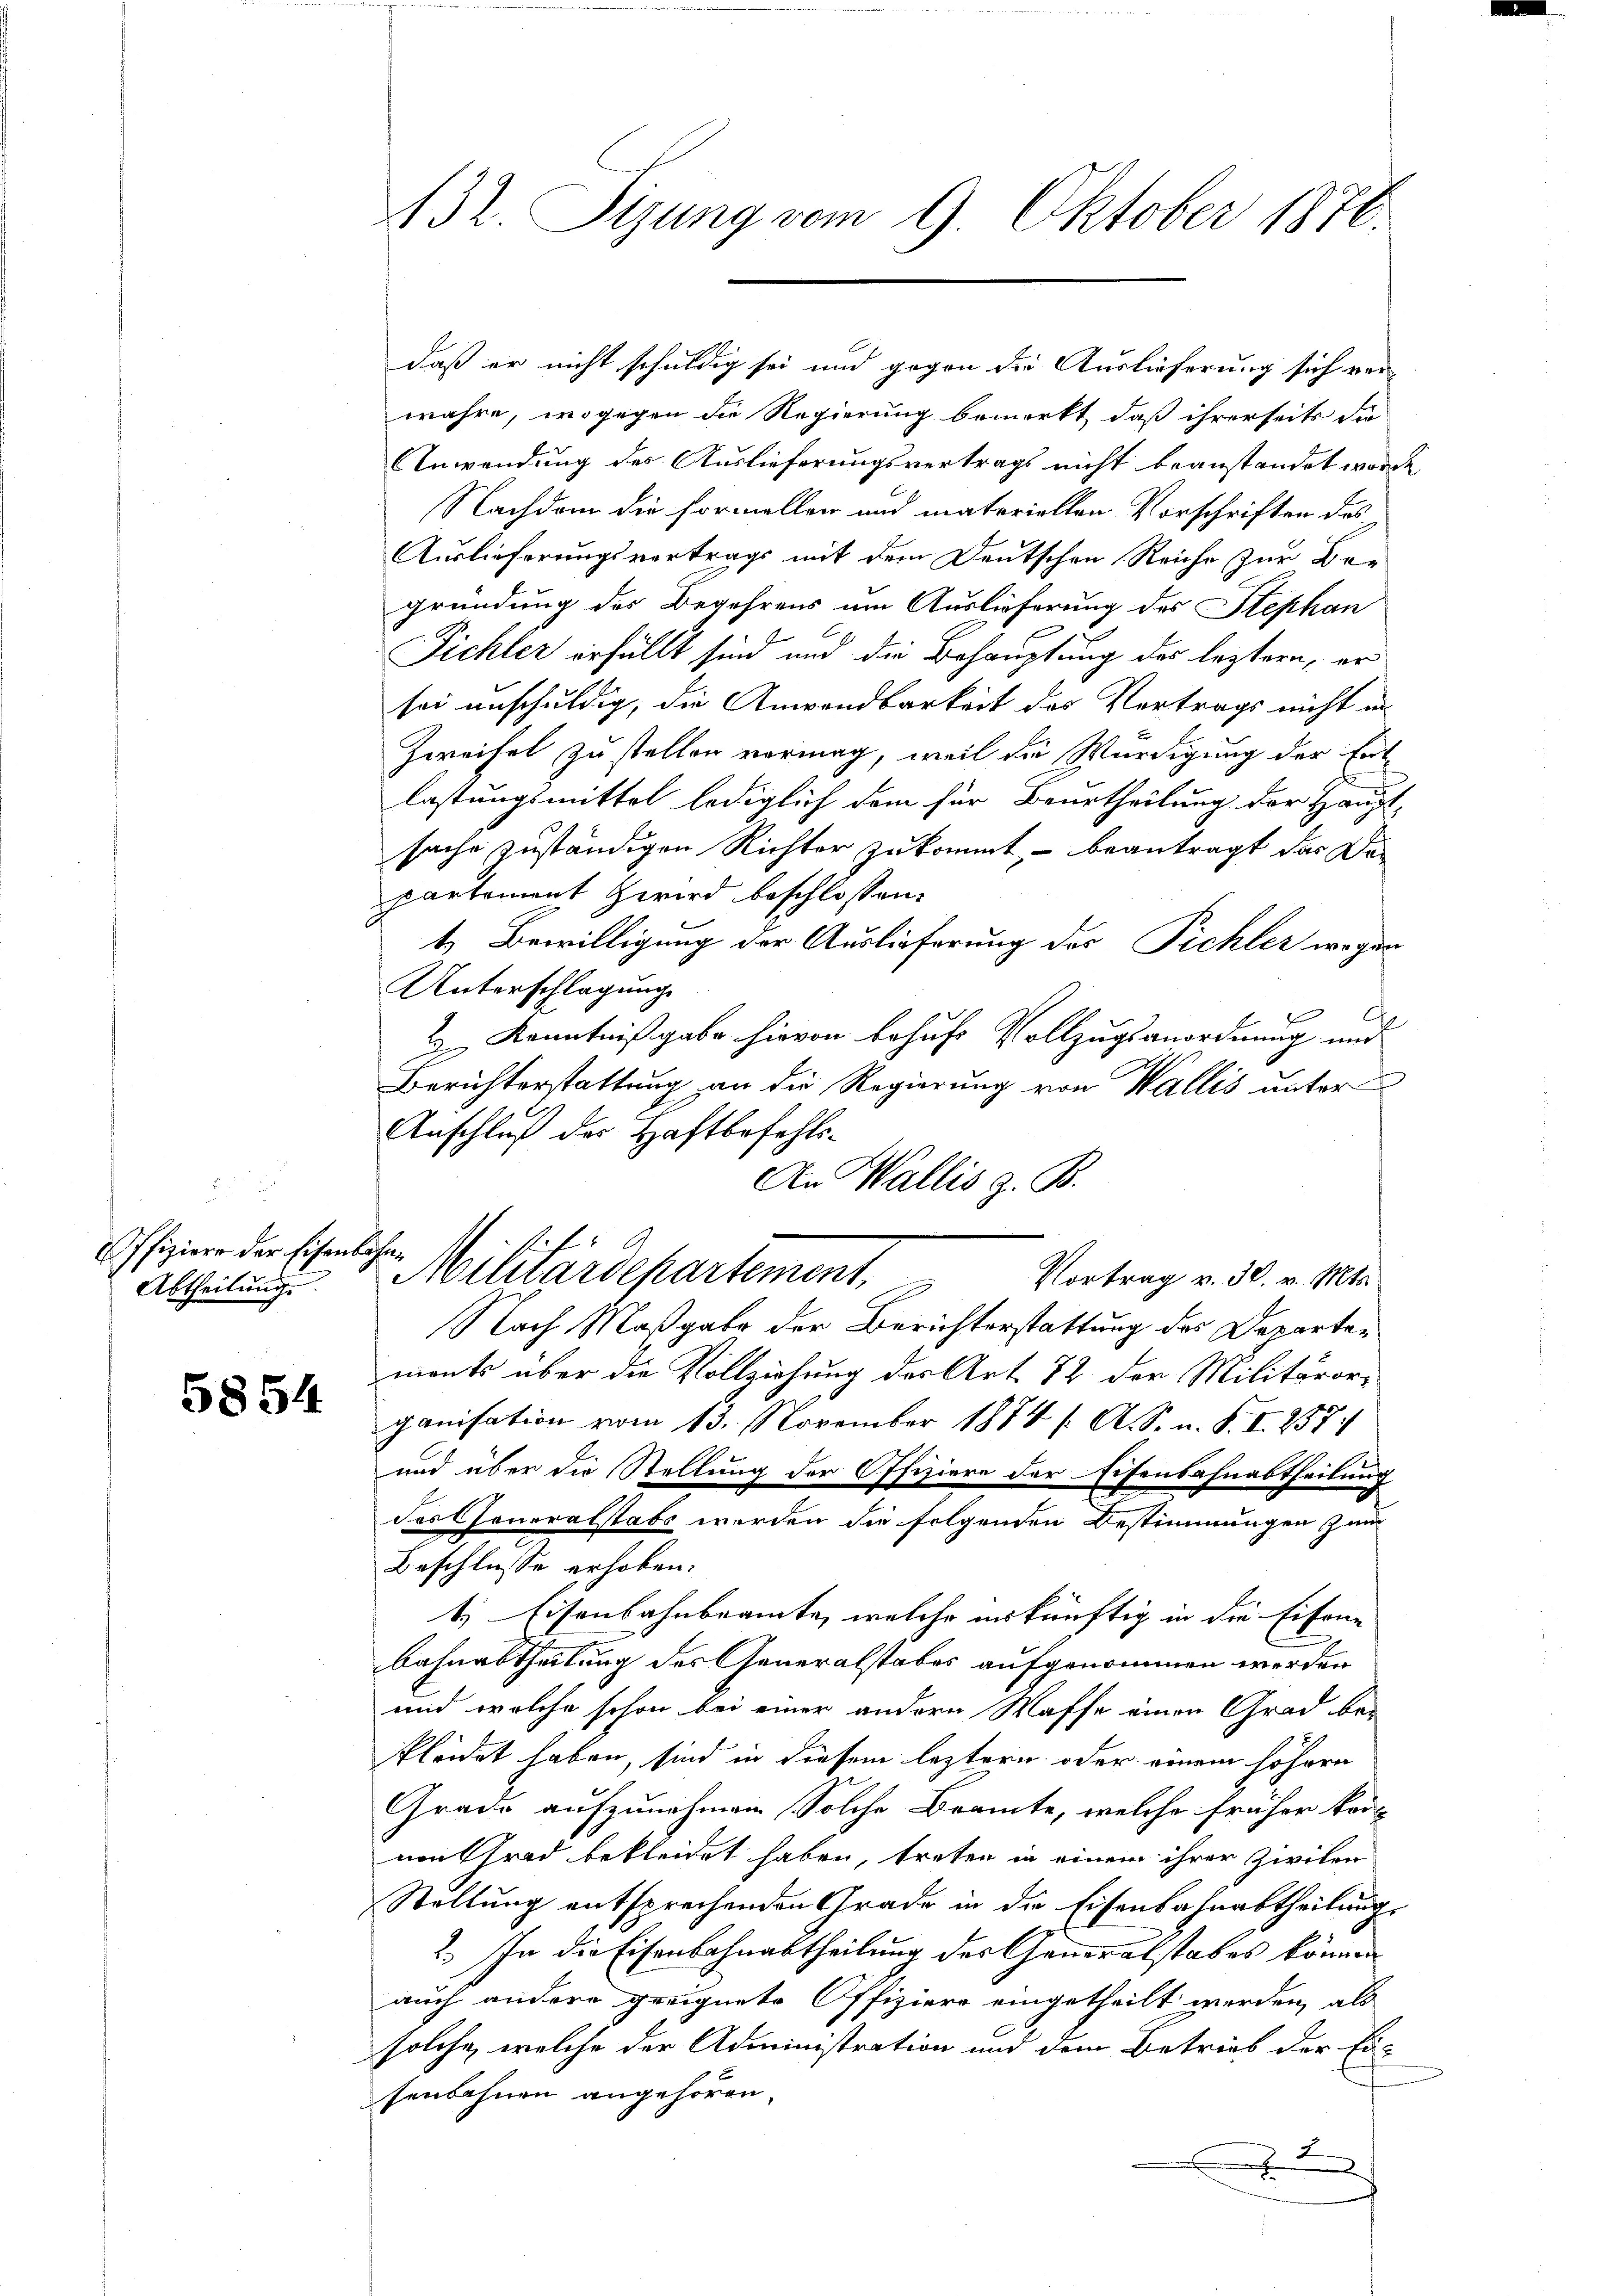
ffiziere der Eisenbahn
Abtheilung.

5854

432. Sizung vom 9. Oktober 1876.

daß er nicht schuldig sei und gegen die Auslieferung sich ver-
wahre, wogegen die Regierung bemerkt, daß ihrerseits die
Anwendung des Auslieferungsvertrags nicht beanstandet worde
Nachdem die Formellen und materiellen Vorschriften des
Auslieferungsvertrags mit dem Deutschen Reiche zur Begründung des Begehrens um Auslieferung des Stephan
Fichler erfüllt sind und die Behauptung des leztern, er
sei unschuldig, die Anwendbarkeit des Vortrags nicht in
Zweifel zu stellen vermag, weil die Würdigung der Entlastungsmittel lediglich dem für Beurtheilung der Haupt-
sache zuständigen Richter zukommt, – beantragt der Departement Zwird beschlossen:
t. Bewilligung der Auslieferung des Pichler wegen
Unterschlagung
2 Kenntnißgabe hievon behufs Vollzugsanordnung und
Berichterstattung an die Regierung von Wallis unter
Anschluß der Haftbefehls¬
An Wallis z. B.
Nach Maßgabe der Berichterstattung des Departemonts über die Vollziehung des Art. 72 der Militärorganisation vom 13. November 1874 / A. S. n. F. I 257.
und über die Stellung der Offiziere der Eisensahnabtheilung
des Generalstabs werden die folgenden Bestimmungen zum
Beschlusse erhoben.
t, Eisenbahnbeamte, welche inskünftig in die Eisen-
Bahnabtheilung des Generalstabes aufgenommen werden
und welche schon bei einer andern Waffe einen Grad bei
kleidet haben, sind in diesem leztern oder einem höhern
Grade aufzunehmen, Solche Beamte, welche früher kon-
von Grad bekleidet haben, treten in einem ihrer Zivilen
Stellung entsprechenden Grade in die Eisenbahnabtheilung.
2. In die Eisenbahnabtheilung des Generalstabes können
auch andere geeignete Offiziere eingetheilt werden, als
solche, welche der Administration und dem Betrieb der Ei
senbahnen angehören
2
.

Militärdepartement.
Vortrag v. 30. v. Mts.